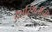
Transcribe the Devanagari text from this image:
देशस्थितीची